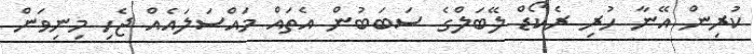
ކުރިން އޭނާ ހުރި ރެކޯޑް ލޭބަލްގެ ސަބަބުން އެތައް މައްސަލައެއް ޖެހި މިނިވަން